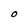
Character: O